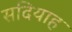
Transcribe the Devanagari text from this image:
सदियाह